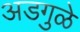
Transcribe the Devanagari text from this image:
अडगुळे